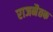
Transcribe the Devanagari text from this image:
राजनैतक